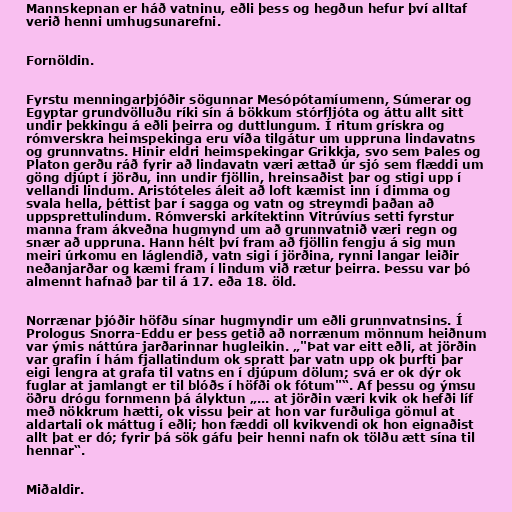
Mannskepnan er háð vatninu, eðli þess og hegðun hefur því alltaf
verið henni umhugsunarefni.

Fornöldin.

Fyrstu menningarþjóðir sögunnar Mesópótamíumenn, Súmerar og
Egyptar grundvölluðu ríki sín á bökkum stórfljóta og áttu allt sitt
undir þekkingu á eðli þeirra og duttlungum. Í ritum grískra og
rómverskra heimspekinga eru víða tilgátur um uppruna lindavatns
og grunnvatns. Hinir eldri heimspekingar Grikkja, svo sem Þales og
Platon gerðu ráð fyrir að lindavatn væri ættað úr sjó sem flæddi um
göng djúpt í jörðu, inn undir fjöllin, hreinsaðist þar og stigi upp í
vellandi lindum. Aristóteles áleit að loft kæmist inn í dimma og
svala hella, þéttist þar í sagga og vatn og streymdi þaðan að
uppsprettulindum. Rómverski arkítektinn Vitrúvíus setti fyrstur
manna fram ákveðna hugmynd um að grunnvatnið væri regn og
snær að uppruna. Hann hélt því fram að fjöllin fengju á sig mun
meiri úrkomu en láglendið, vatn sigi í jörðina, rynni langar leiðir
neðanjarðar og kæmi fram í lindum við rætur þeirra. Þessu var þó
almennt hafnað þar til á 17. eða 18. öld.

Norrænar þjóðir höfðu sínar hugmyndir um eðli grunnvatnsins. Í
Prologus Snorra-Eddu er þess getið að norrænum mönnum heiðnum
var ýmis náttúra jarðarinnar hugleikin. „"Þat var eitt eðli, at jörðin
var grafin í hám fjallatindum ok spratt þar vatn upp ok þurfti þar
eigi lengra at grafa til vatns en í djúpum dölum; svá er ok dýr ok
fuglar at jamlangt er til blóðs í höfði ok fótum"“. Af þessu og ýmsu
öðru drógu fornmenn þá ályktun „... at jörðin væri kvik ok hefði líf
með nökkrum hætti, ok vissu þeir at hon var furðuliga gömul at
aldartali ok máttug í eðli; hon fæddi oll kvikvendi ok hon eignaðist
allt þat er dó; fyrir þá sök gáfu þeir henni nafn ok tölðu ætt sína til
hennar“.

Miðaldir.